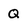
Character: Q